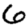
Digit: 6